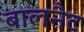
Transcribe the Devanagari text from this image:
बालनैट